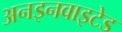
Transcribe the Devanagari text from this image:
अनइनवाइटेड